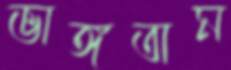
ভাঙ্গতাম